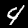
Digit: 4